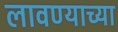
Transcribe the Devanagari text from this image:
लावण्‍याच्‍या